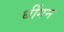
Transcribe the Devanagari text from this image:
धींगन